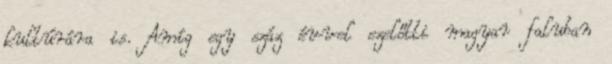
kultúrára is. Amíg egy száz évvel ezelőtti magyar faluban